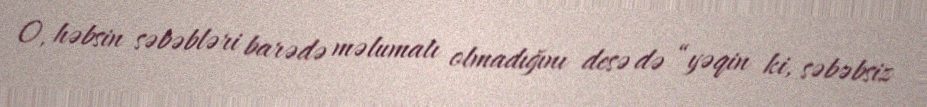
O, həbsin səbəbləri barədə məlumatı olmadığını desə də “yəqin ki, səbəbsiz